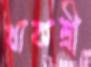
খাকশ্রী